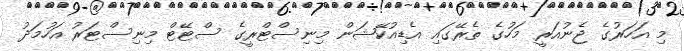
މި އަހަރުގެ ޖެނުއަރީ މަހުގެ ތެރޭގައި އެޑިއުކޭޝަން މިނިސްޓްރީގެ ސްޓޭޓް މިނިސްޓަރު އަހުމަދު